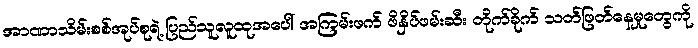
အာဏာသိမ်းစစ်အုပ်စုရဲ့ ပြည်သူလူထုအပေါ် အကြမ်းဖက် ဖိနှိပ်ဖမ်းဆီး တိုက်ခိုက် သတ်ဖြတ်နေမှုတွေကို